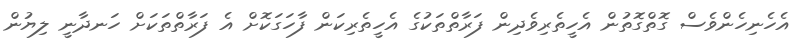
އެހެނިހެންވެސް ގޮތްގޮތުން އެހީތެރިވެދިން ފަރާތްތަކުގެ އެހީތެރިކަން ފާހަގަކޮށް އެ ފަރާތްތަކަށް ހަނދާނީ ލިޔުން